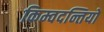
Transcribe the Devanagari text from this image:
किम्वदन्तियों